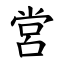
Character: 営